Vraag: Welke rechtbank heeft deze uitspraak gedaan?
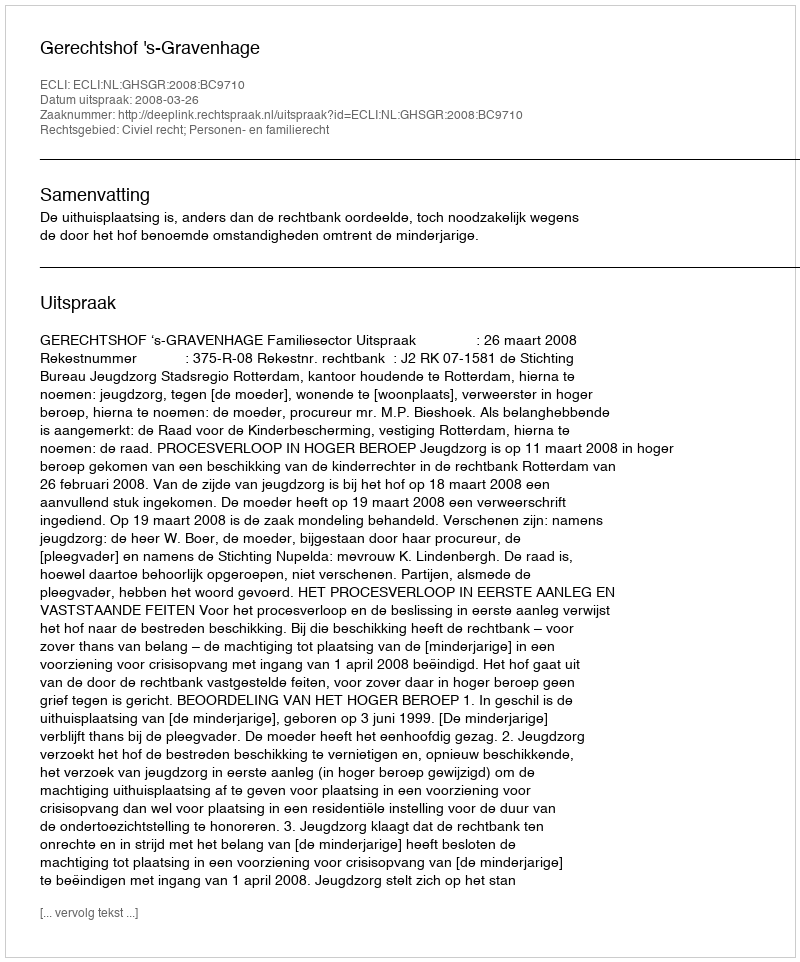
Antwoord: Gerechtshof 's-Gravenhage